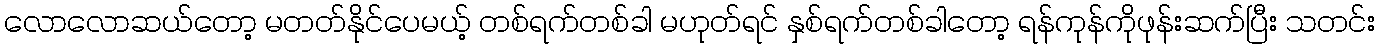
လောလောဆယ်တော့ မတတ်နိုင်ပေမယ့် တစ်ရက်တစ်ခါ မဟုတ်ရင် နှစ်ရက်တစ်ခါတော့ ရန်ကုန်ကိုဖုန်းဆက်ပြီး သတင်း